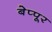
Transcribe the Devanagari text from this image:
बेप्पूर